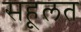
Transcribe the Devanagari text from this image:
सहूलत